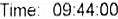
TIME: 09:44:00